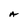
Character: A